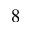
8